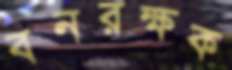
বনরক্ষক